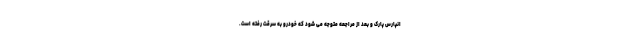
انپارس پارک و بعد از مراجعه متوجه می شود که خودرو به سرقت رفته است.